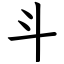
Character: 斗